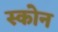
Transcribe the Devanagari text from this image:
स्कोन